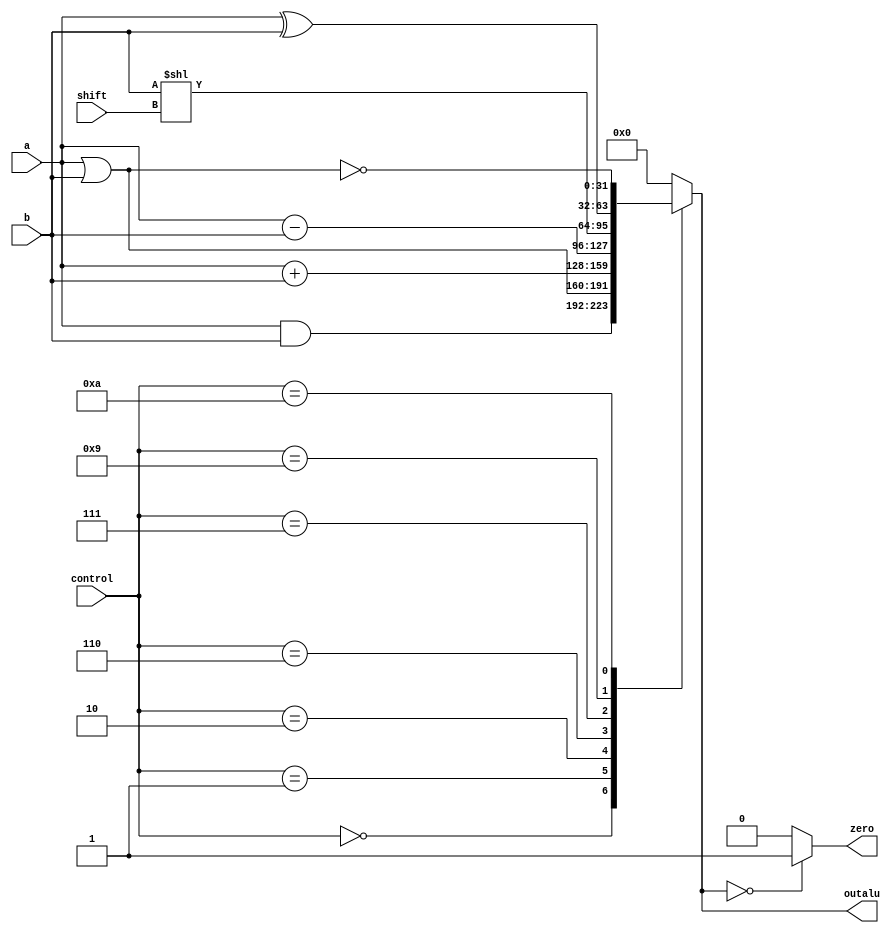
module alu_mips(a, b, control, shift, outalu, zero);
input [31:0] a, b;
input [3:0] control;
input [4:0] shift;
output reg [31:0] outalu;
output zero;

always @(control, a, b, shift) 
begin
	case(control)
		4'b0000: outalu = a&b;
		4'b0001: outalu = a|b;
		4'b0010: outalu = a+b;
		4'b0110: outalu = a-b;
		4'b0111: outalu = b << shift;
		4'b1001: outalu = a ^ b;
		4'b1010: outalu = ~(a|b);
			default: outalu = 0;
		endcase
end

assign zero = outalu==0?1:0;

endmodule